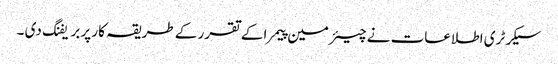
سیکرٹری اطلاعات نے چیئرمین پیمرا کے تقرر کے طریقہ کار پر بریفنگ دی ۔